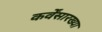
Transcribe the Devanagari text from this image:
कर्वेंसारख्या